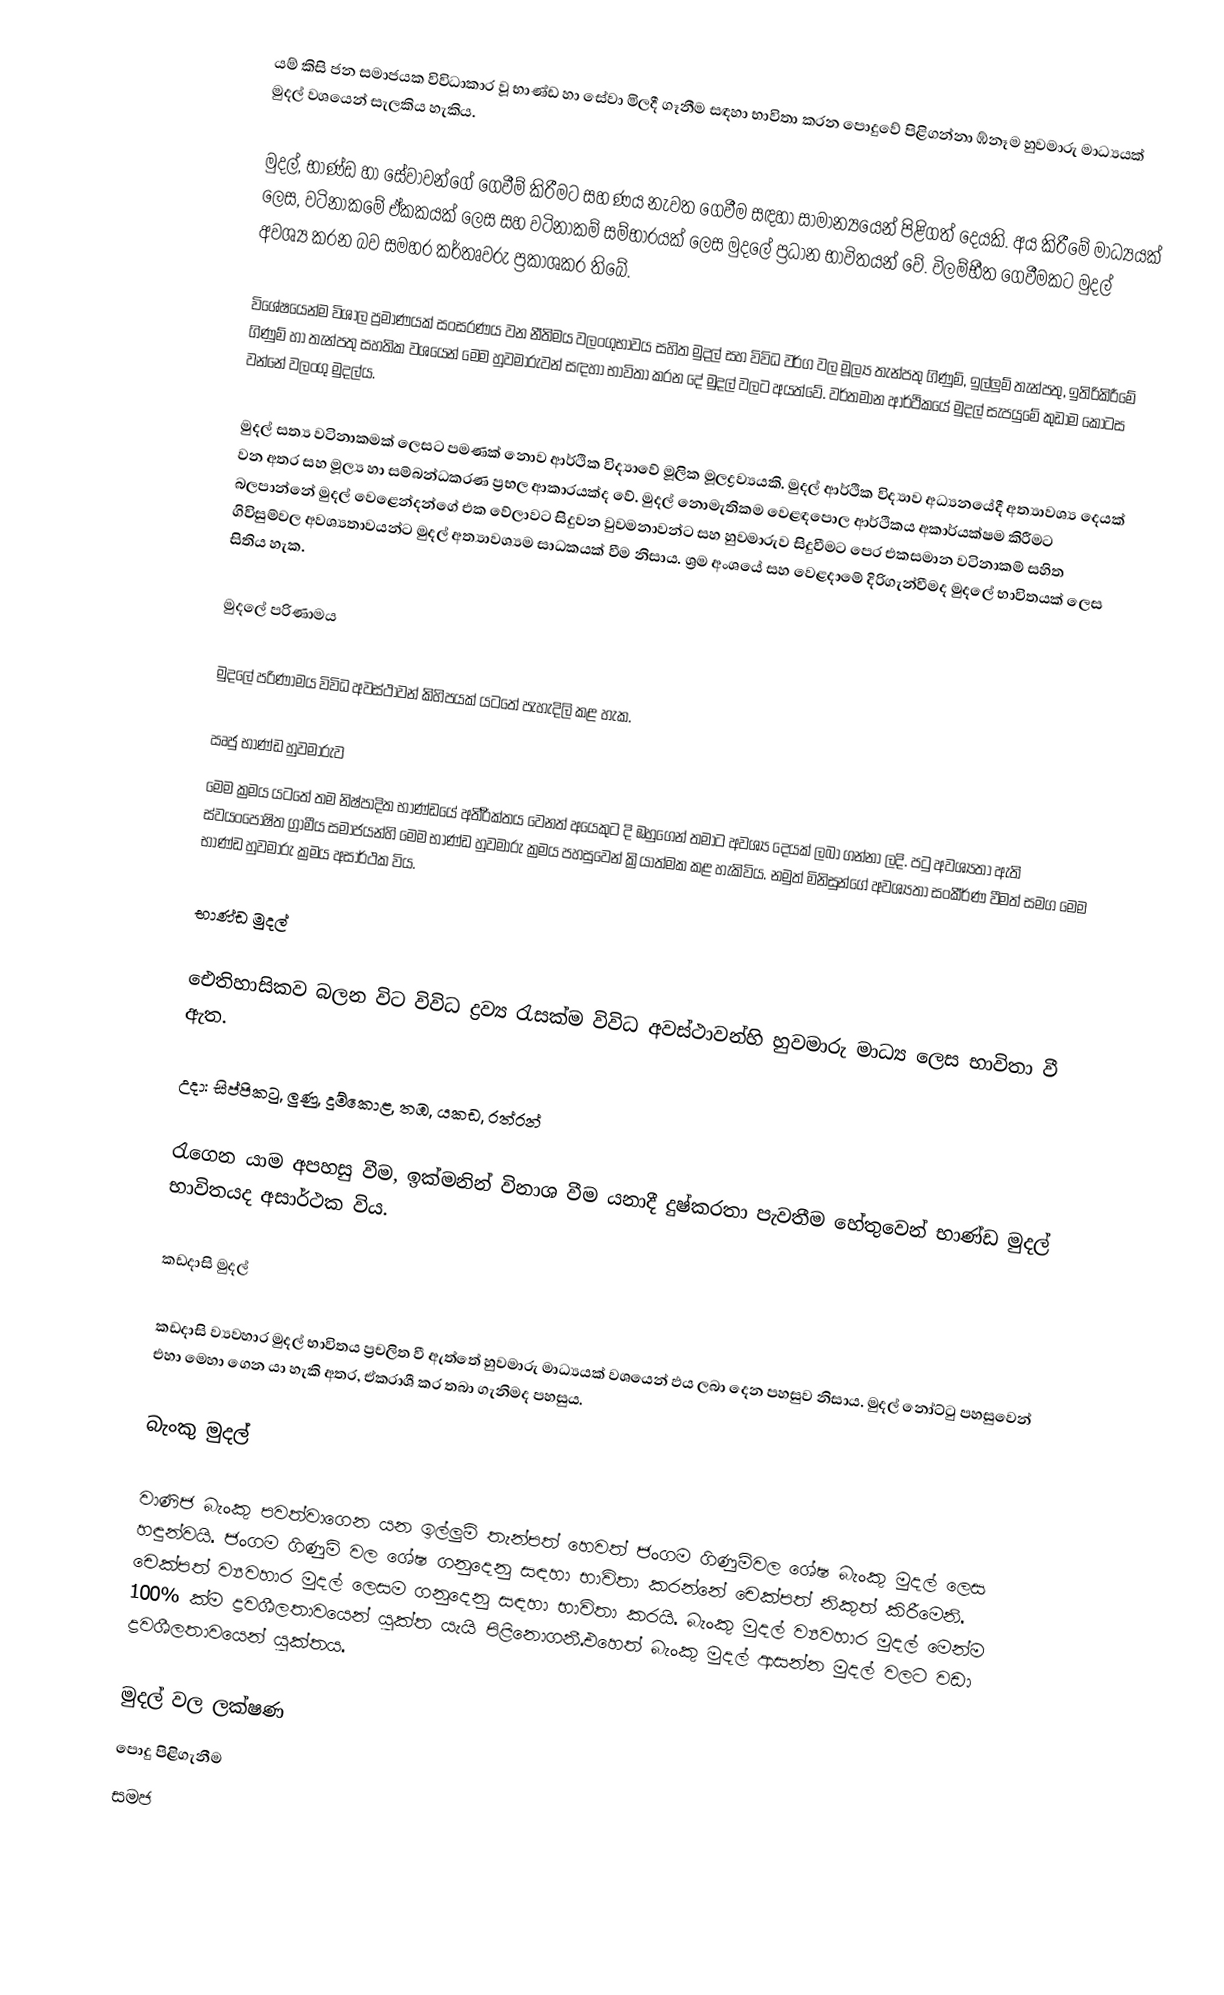
යම් කිසි ජන සමාජයක විවිධාකාර වූ භාණ්ඩ හා සේවා මිලදී ගෑනීම සඳහා භාවිතා කරන පොදුවේ පිළිගන්නා ඹ්නෑම හුවමාරු මාධ්‍යයක් මුදල් වශයෙන් සැලකිය හැකිය.

මුදල්, භාණ්ඩ හා සේවාවන්ගේ ගෙවීම් කිරීමට සහ ණය නැවත ගෙවීම සඳහා සාමාන්‍යයෙන් පිළිගත් දෙයකි.  අය කිරීමේ මාධ්‍යයක් ලෙස, වටිනාකමේ ඒකකයක් ලෙස සහ වටිනාකම් සම්භාරයක් ලෙස මුදලේ ප්‍රධාන භාවිතයන් වේ.  විලම්භීත ගෙවීමකට මුදල් අවශ්‍ය කරන බව සමහර කර්තෘවරු ප්‍රකාශකර තිබේ.

විශේෂයෙන්ම විශාල ප්‍රමාණයක් සංසරණය වන නීතිමය වලංගුභාවය සහිත මුදල් සහ විවිධ වර්ග වල මූල්‍ය තැන්පතු ගිණුම්, ඉල්ලුම් තැන්පතු, ඉතිරිකිරීමේ ගිණුම් හා තැන්පතු සහතික වශයෙන් මෙම හුවමාරුවන් සඳහා භාවිතා කරන දේ මුදල් වලට අයත්වේ.  වර්තමාන ආර්ථිකයේ මුදල් සැපයුමේ කුඩාම කොටස වන්නේ වලංගු මුදල්ය.

මුදල් සත්‍ය වටිනාකමක් ලෙසට පමණක් නොව ආර්ථික විද්‍යාවේ මූලික මූලද්‍රව්‍යයකි.  මුදල් ආර්ථික විද්‍යාව අධ්‍යනයේදී අත්‍යාවශ්‍ය දෙයක් වන අතර සහ මූල්‍ය හා සම්බන්ධකරණ ප්‍රභල ආකාරයක්ද වේ.  මුදල් නොමැතිකම වෙළඳපොල ආර්ථිකය අකාර්යක්ෂම කිරීමට බලපාන්නේ මුදල් වෙළෙන්දන්ගේ එක වේලාවට සිදුවන වුවමනාවන්ට සහ හුවමාරුව සිදුවීමට පෙර එකසමාන වටිනාකම් සහිත ගිවිසුම්වල අවශ්‍යතාවයන්ට මුදල් අත්‍යාවශ්‍යම සාධකයක් වීම නිසාය.  ශ්‍රම අංශයේ සහ වෙළදාමේ දිරිගැන්වීමද මුදලේ භාවිතයක් ලෙස සිතිය හැක.

මුදලේ පරිණාමය

මුදලේ පරිණාමය විවිධ අවස්ථාවන් කිහිපයක් යටතේ පැහැදිලි කළ හැක.

ඍජු භාණ්ඩ හුවමාරුව
මෙම ක්‍රමය යටතේ තම නිෂ්පාදිත භාණ්ඩයේ අතිර්‍රක්තය වෙනත් අයෙකුට දි ඹහුගෙන් තමාට අවශ්‍ය දෙයක් ලබා ගන්නා ලදි. පටු අවශ්‍යතා ඇති ස්වයංපෝෂිත ග්‍රාමීය සමාජයන්හි මෙම භාණ්ඩ හුවමාරු ක්‍රමය පහසුවෙන් ක්‍රියාත්මක කළ හැකිවිය. නමුත් මිනිසුන්ගේ අවශ්‍යතා සංකීර්ණ වීමත් සමග මෙම භාණ්ඩ හුවමාරු ක්‍රමය අසාර්ථක විය.

භාණ්ඩ මුදල්

‍‍‍ඓතිහාසිකව බලන විට විවිධ ද්‍රව්‍ය රැසක්ම විවිධ අවස්ථාවන්හි හුවමාරු මාධ්‍ය ලෙස භාවිතා වී ඇත.

උදා: සිප්පිකටු, ලුණු, දුම්කොළ, තඹ, යකඩ, රත්රන්

රැගෙන යාම අපහසු වීම, ඉක්මනින් විනාශ වීම යනාදී දුෂ්කරතා පැවතීම හේතුවෙන් භාණ්ඩ මුදල් භාවිතයද අසාර්ථක විය.

කඩදාසි මුදල්

කඩදාසි ව්‍යවහාර මුදල් භාවිතය ප්‍රචලිත වී ඇත්තේ හුවමාරු මාධ්‍යයක් වශයෙන් ඵය ලබා දෙන පහසුව නිසාය. මුදල් 	නෝට්ටු පහසුවෙන් එහා මෙහා ගෙන යා හැකි අතර, ඒකරාශී කර තබා ගැනිමද පහසුය.

බැංකු මුදල්

වාණිජ බැංකු පවත්වාගෙන යන ඉල්ලුම් තැන්පත් හෙවත් ජංගම ගිණුම්වල ශේෂ බැංකු මුදල් ලෙස හඳුන්වයි. ජංගම ගිණුම් වල ශේෂ  ගනුදෙනු සඳහා භාවිතා කරන්නේ චෙක්පත් නිකුත් කිරීමෙනි. චෙක්පත් ව්‍යවහාර මුදල් ලෙසම ගනුදෙනු සඳහා භාවිතා කරයි. බැංකු මුදල් ව්‍යවහාර මුදල් මෙන්ම 100% ක්ම ද්‍රවශීලතාවයෙන් යුක්ත යැයි පිළිනොගනී.එහෙත් බැංකු මුදල් ආසන්න මුදල් වලට වඩා ද්‍රවශීලතාවයෙන් යුක්තය.

මුදල් වල ලක්ෂණ
 පොදු පිළිගැනීම
 සමජ